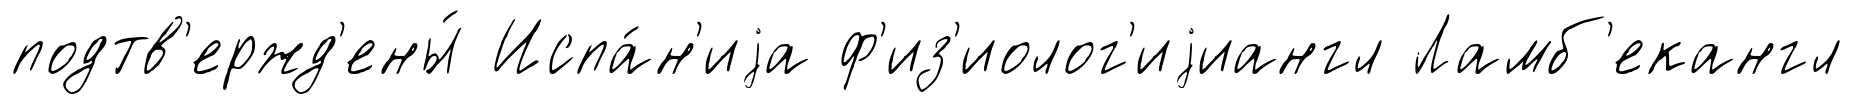
подтв'ержд'ены́ Испа́н'иjа ф'из'иолог'иjиангл Ламб'екангл